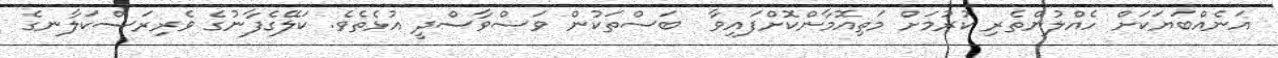
އަނެއްބަޔަކަށް ހެއްލުންތެރި ކުރުމަށް މަތިއޮމާންކޮށްފައިވާ  ބަސްތަކުން ވަސްވާސްދީ އުޅެތެވެ. ކަލޭގެފާނުގެ ވެރިރަސްކަލާނގެ